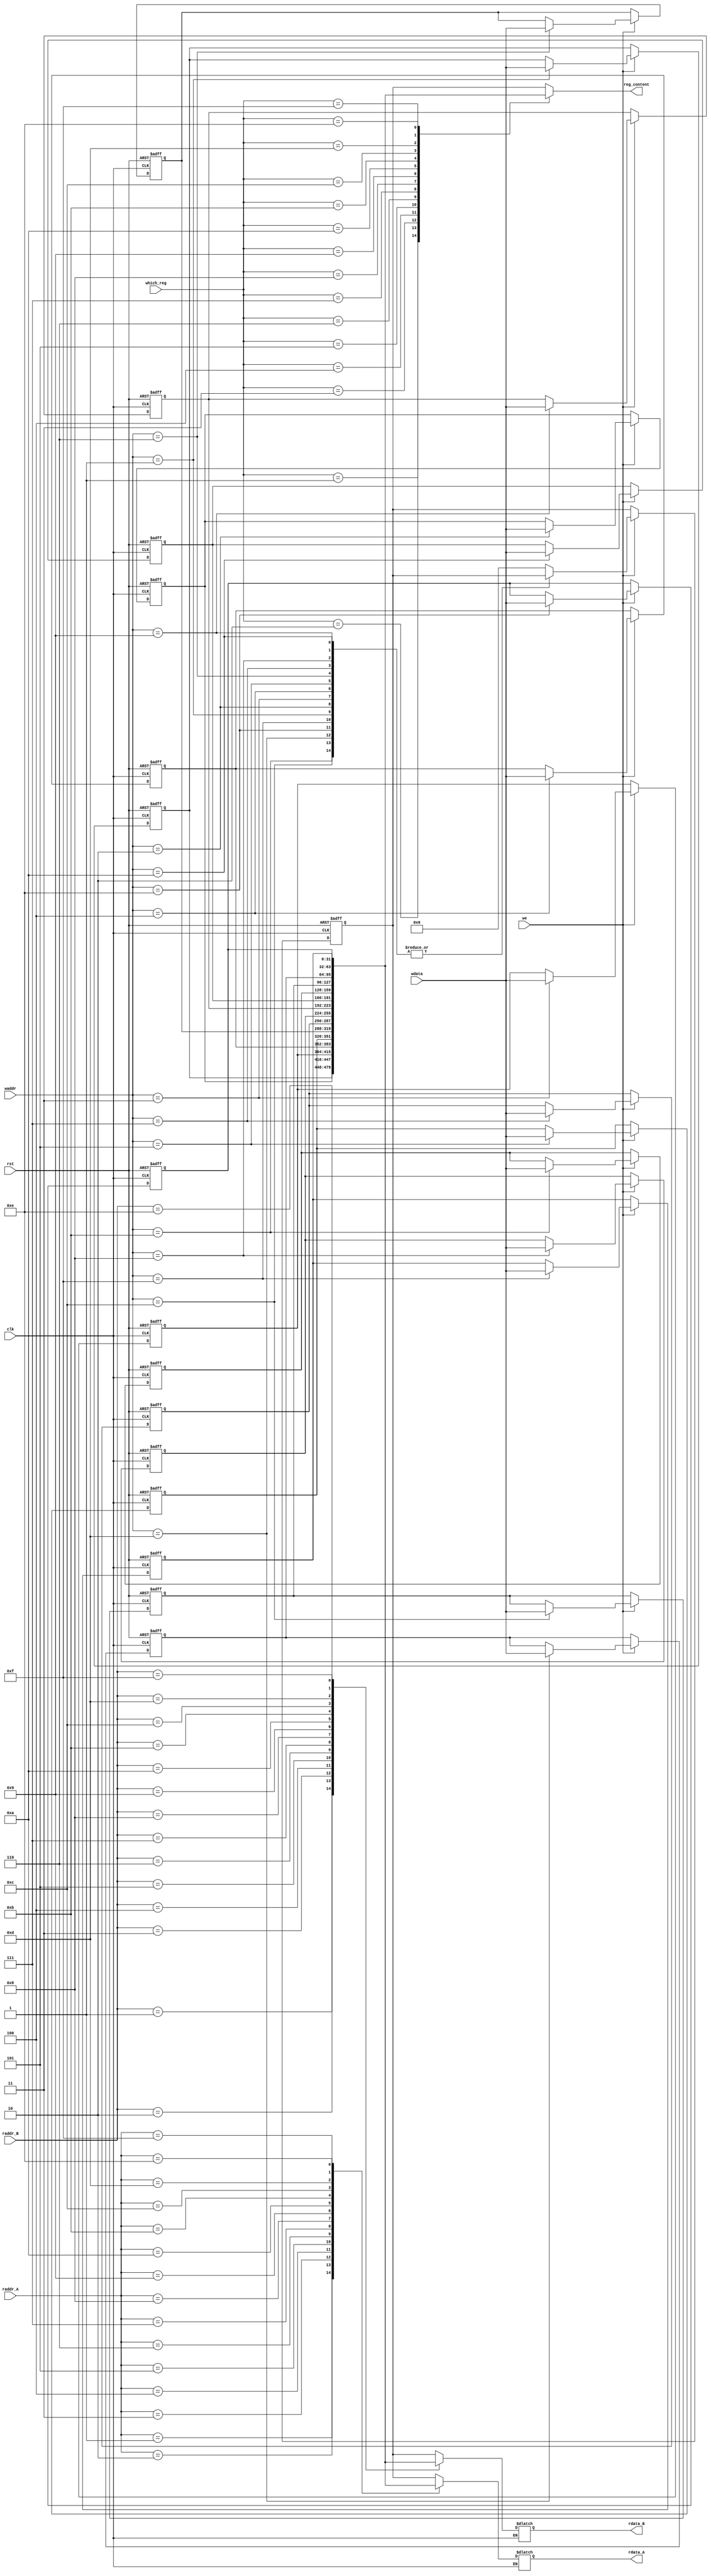
`timescale 1ns / 1ps
//////////////////////////////////////////////////////////////////////////////////
// Company: 
// Engineer: 
// 
// Design Name: 
// Module Name:    regfile 
// Project Name: 
// Target Devices: 
// Tool versions: 
// Description: 
//
// Dependencies: 
//
// Revision: 
// Revision 0.01 - File Created
// Additional Comments: 
//
//////////////////////////////////////////////////////////////////////////////////
module regfile(clk, rst, raddr_A, raddr_B, waddr, wdata, we, rdata_A, rdata_B,
	which_reg, reg_content);           
	input clk;
	input rst;
	input [4:0] raddr_A;
	input [4:0] raddr_B;
	input [4:0] waddr;
	input [31:0] wdata;
	input we;
	output [31:0] rdata_A;
	output [31:0] rdata_B;
	
	input [4:0] which_reg;
	output [31:0] reg_content;
	
	wire clk;
	wire rst;
	wire [4:0] raddr_A;
	wire [4:0] raddr_B;
	wire [31:0] wdata;
	wire we;
	reg [31:0] rdata_A;
	reg [31:0] rdata_B;
	reg [31:0] reg_content;
	
	reg [31:0] r0;
	reg [31:0] r1;
	reg [31:0] r2;
	reg [31:0] r3;
	reg [31:0] r4;
	reg [31:0] r5;
	reg [31:0] r6;
	reg [31:0] r7;
	reg [31:0] r8;
	reg [31:0] r9;
	reg [31:0] r10;
	reg [31:0] r11;
	reg [31:0] r12;
	reg [31:0] r13;
	reg [31:0] r14;
	reg [31:0] r15;

	always @ (negedge clk or posedge rst) begin		
		if (rst == 1) begin		//reset is triggered
			r0 <= 0;
			r1 <= 0;
			r2 <= 0;
			r3 <= 0;
			r4 <= 0;
			r5 <= 0;
			r6 <= 0;
			r7 <= 0;
			r8 <= 0;
			r9 <= 0;
			r10 <= 0;
			r11 <= 0;
			r12 <= 0;
			r13 <= 0;
			r14 <= 0;
			r15 <= 0;
		end
		else if (we == 1) begin		//write register when we is high level
			case (waddr)
				5'b00000: r0 <= 0;
				5'b00001: r1 <= wdata;
				5'b00010: r2 <= wdata;
				5'b00011: r3 <= wdata;
				5'b00100: r4 <= wdata;
				5'b00101: r5 <= wdata;
				5'b00110: r6 <= wdata;
				5'b00111: r7 <= wdata;
				5'b01000: r8 <= wdata;
				5'b01001: r9 <= wdata;
				5'b01010: r10 <= wdata;
				5'b01011: r11 <= wdata;
				5'b01100: r12 <= wdata;
				5'b01101: r13 <= wdata;
				5'b01110: r14 <= wdata;
				5'b01111: r15 <= wdata;
				default:  r0 <= 0;
			endcase
		end
	end

	always @ (clk) begin		//when clk is changed
		if	(clk == 0) begin				//when clk is low level
		  case(raddr_A)
				5'b00000: rdata_A <= r0;
				5'b00001: rdata_A <= r1;
				5'b00010: rdata_A <= r2;
				5'b00011: rdata_A <= r3;
				5'b00100: rdata_A <= r4;
				5'b00101: rdata_A <= r5;
				5'b00110: rdata_A <= r6;
				5'b00111: rdata_A <= r7;
				5'b01000: rdata_A <= r8;
				5'b01001: rdata_A <= r9;
				5'b01010: rdata_A <= r10;
				5'b01011: rdata_A <= r11;
				5'b01100: rdata_A <= r12;
				5'b01101: rdata_A <= r13;
				5'b01110: rdata_A <= r14;
				5'b01111: rdata_A <= r15;
				default:  rdata_A <= r0;
			 endcase 
			 
			 case(raddr_B)
				5'b00000: rdata_B <= r0;
				5'b00001: rdata_B <= r1;
				5'b00010: rdata_B <= r2;
				5'b00011: rdata_B <= r3;
				5'b00100: rdata_B <= r4;
				5'b00101: rdata_B <= r5;
				5'b00110: rdata_B <= r6;
				5'b00111: rdata_B <= r7;
				5'b01000: rdata_B <= r8;
				5'b01001: rdata_B <= r9;
				5'b01010: rdata_B <= r10;
				5'b01011: rdata_B <= r11;
				5'b01100: rdata_B <= r12;
				5'b01101: rdata_B <= r13;
				5'b01110: rdata_B <= r14;
				5'b01111: rdata_B <= r15;
				default:  rdata_B <= r0;
			 endcase
		 end
	end

	always @ (clk or which_reg) //when clk or which_reg is changed
		begin
			case(which_reg)
				5'b00000: reg_content <= r0;
				5'b00001: reg_content <= r1;
				5'b00010: reg_content <= r2;
				5'b00011: reg_content <= r3;
				5'b00100: reg_content <= r4;
				5'b00101: reg_content <= r5;
				5'b00110: reg_content <= r6;
				5'b00111: reg_content <= r7;
				5'b01000: reg_content <= r8;
				5'b01001: reg_content <= r9;
				5'b01010: reg_content <= r10;
				5'b01011: reg_content <= r11;
				5'b01100: reg_content <= r12;
				5'b01101: reg_content <= r13;
				5'b01110: reg_content <= r14;
				5'b01111: reg_content <= r15;
				default:  reg_content <= r0;
			endcase
		end
	endmodule